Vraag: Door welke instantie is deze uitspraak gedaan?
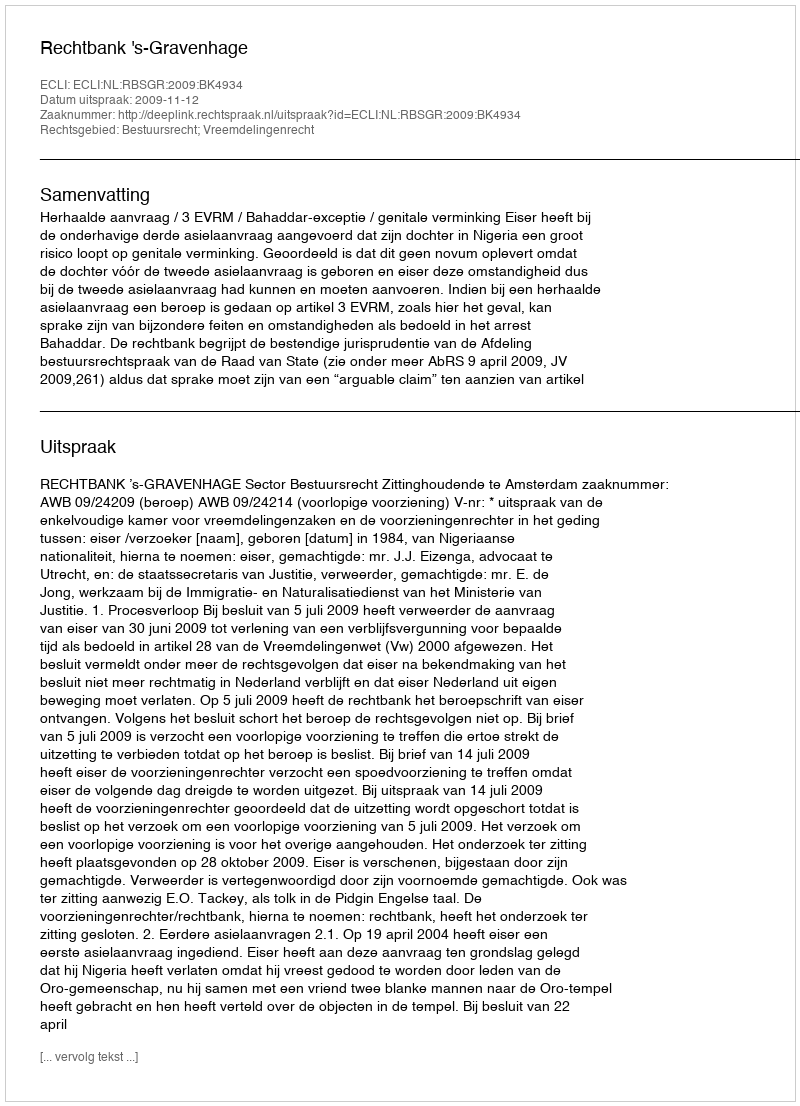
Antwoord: Rechtbank 's-Gravenhage